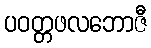
ပဝတ္တဖလဘောဇီ